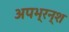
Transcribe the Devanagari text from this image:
अपभ्रन्‍श